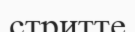
стритте